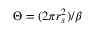
\Theta = ( 2 \pi r _ { s } ^ { 2 } ) / \beta